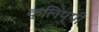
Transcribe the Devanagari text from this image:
क्लिप्पी